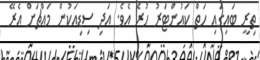
ތިރީ ބައިގައި ހަތް ކައުންޓަރު ހުރެ އެވެ. އަދި ސިޑިއަކުން މައްޗަށް އެރޭ